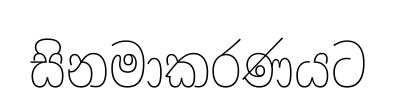
සිනමාකරණයට